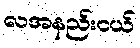
လအနည်းငယ်